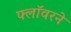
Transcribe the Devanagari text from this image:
फ्लॉवरने